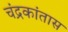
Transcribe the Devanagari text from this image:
चंद्रकांतास